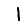
Digit: 1